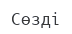
Сөзді